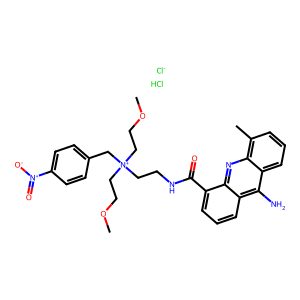
SMILES: COCC[N+](CCNC(=O)c1cccc2c(N)c3cccc(C)c3nc12)(CCOC)Cc1ccc([N+](=O)[O-])cc1.Cl.[Cl-]
Inhibits HIV replication: No